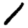
Digit: 1